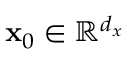
\mathbf { x } _ { 0 } \in \mathbb { R } ^ { d _ { x } }